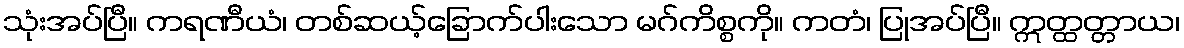
သုံးအပ်ပြီ။ ကရဏီယံ၊ တစ်ဆယ့်ခြောက်ပါးသော မဂ်ကိစ္စကို။ ကတံ၊ ပြုအပ်ပြီ။ ဣတ္ထတ္တာယ၊